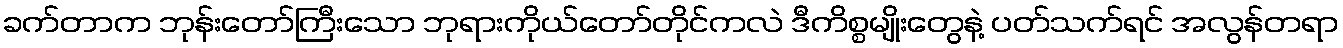
ခက်တာက ဘုန်းတော်ကြီးသော ဘုရားကိုယ်တော်တိုင်ကလဲ ဒီကိစ္စမျိုးတွေနဲ့ ပတ်သက်ရင် အလွန်တရာ